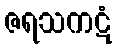
ဇရသကဋံ